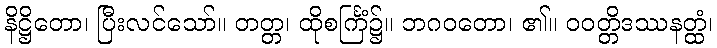
နိဋ္ဌိတော၊ ပြီးလင်သော်။ တတ္တ၊ ထိုစင်္ကြံ၌။ ဘဂဝတော၊ ၏။ ဝဝတ္တိဒဿနတ္ထံ၊